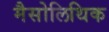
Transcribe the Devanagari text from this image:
मैसोलिथिक